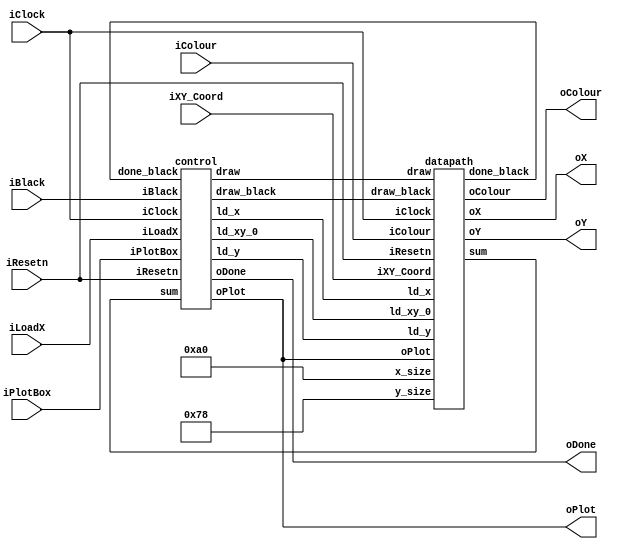
//
// This is the template for Part 2 of Lab 7.
//
// Paul Chow
// November 2021
//
 
module part2(iResetn,iPlotBox,iBlack,iColour,iLoadX,iXY_Coord,iClock,oX,oY,oColour,oPlot,oDone);
   parameter X_SCREEN_PIXELS = 8'd160;		// 8 for testing
   parameter Y_SCREEN_PIXELS = 7'd120;		// 5 for testing
 
   input wire iResetn, iPlotBox, iBlack, iLoadX;
   input wire [2:0] iColour;
   input wire [6:0] iXY_Coord;
   input wire       iClock;
  
   output wire [7:0] oX;         // VGA pixel coordinates
   output wire [6:0] oY;
   output wire [2:0] oColour;     // VGA pixel colour (0-7)
   output wire       oPlot;       // Pixel draw enable
   output wire       oDone;       // goes high when finished drawing frame
 
   wire ld_x, ld_y, ld_xy_0, draw, draw_black, done_black;
   wire [4:0] sum;
  
   control c0 (iClock, iResetn, iPlotBox, iBlack, iLoadX, sum, done_black, ld_x, ld_y, ld_xy_0, oPlot, oDone, draw, draw_black);
   datapath d0 (iClock, iResetn, iColour, iXY_Coord, ld_x, ld_y, ld_xy_0, oPlot, draw, draw_black, oX, oY, oColour, sum, done_black, X_SCREEN_PIXELS, Y_SCREEN_PIXELS);
 
endmodule
 
module control(
   input iClock,
   input iResetn, iPlotBox, iBlack, iLoadX,
   input [4:0] sum,    // To check if we finished drawing
 
   input done_black,
  
   output reg ld_x, ld_y, ld_xy_0,
   output reg oPlot,
   output reg oDone,
  
   output reg draw, draw_black
   );
 
   reg [4:0] current_state, next_state;
 
   localparam  S_LOAD_X        = 5'd0,
               S_LOAD_X_WAIT   = 5'd1,
               S_LOAD_Y        = 5'd2,
               S_LOAD_Y_WAIT   = 5'd3,
               DRAW_1          = 5'd4,
				DRAW_2			 = 5'd5,
               DRAW_BLACK_1    = 5'd6,
				DRAW_BLACK_2	 = 5'd7,
               DONE            = 5'd8,
               DONE_WAIT_LOAD_X = 5'd9,
               DONE_WAIT_LOAD_Y = 5'd10,
               DONE_WAIT_DRAW  = 5'd11,
               DONE_WAIT_BLACK = 5'd12,
					X_WAIT_BLACK    = 5'd13;
              
   // Next state logic aka our state table
   always@(*) begin
           case (current_state)
               S_LOAD_X:     begin
											if (iBlack)
												 next_state = X_WAIT_BLACK;
											else if (iLoadX)
												 next_state = S_LOAD_X_WAIT;
											else
												 next_state = S_LOAD_X;
									  end
					X_WAIT_BLACK: next_state = iBlack ? X_WAIT_BLACK : DRAW_BLACK_1;
					
               S_LOAD_X_WAIT:  next_state = iLoadX ? S_LOAD_X_WAIT : S_LOAD_Y;     // Loop in current state until signal goes low
               S_LOAD_Y:       next_state = iPlotBox ? S_LOAD_Y_WAIT : S_LOAD_Y;   // Loop in current state until value is input
               S_LOAD_Y_WAIT:  next_state = iPlotBox ? S_LOAD_Y_WAIT : DRAW_1;       // Loop in current state until signal goes low
					DRAW_1: 			 next_state = DRAW_2;
               DRAW_2:         next_state = (sum == 5'b10000) ? DONE : DRAW_2;
					DRAW_BLACK_1:   next_state = DRAW_BLACK_2;
               DRAW_BLACK_2:   next_state = done_black ? DONE : DRAW_BLACK_2;
               DONE:   begin
                           if (iBlack)
                               next_state = DONE_WAIT_BLACK;
                           else if (iLoadX)
                               next_state = DONE_WAIT_LOAD_X;
                           else
                               next_state = DONE;
                       end
               DONE_WAIT_LOAD_X: next_state = iLoadX ? DONE_WAIT_LOAD_X : DONE_WAIT_LOAD_Y; // oDone still high while pressing iLoadX
               DONE_WAIT_LOAD_Y: next_state = iPlotBox ? DONE_WAIT_DRAW : DONE_WAIT_LOAD_Y;
               DONE_WAIT_DRAW:   next_state = iPlotBox ? DONE_WAIT_DRAW : DRAW_1;                // oDone still high until released iPlotBox
               DONE_WAIT_BLACK:  next_state = iBlack ? DONE_WAIT_BLACK : DRAW_BLACK_1;           // oDone still high until released iBlack
              
               default: next_state = S_LOAD_X;
       endcase
   end
 
   // Output logic aka all of our datapath control signals
   always @(*)
   begin
       // By default make all our signals 0
       ld_x = 1'b0;
       ld_y = 1'b0;
       oPlot = 1'b0;
       oDone = 1'b0;
       draw = 1'b0;
       draw_black = 1'b0;
       ld_xy_0 = 1'b0;
 
       case (current_state)
           S_LOAD_X: ld_x = 1'b1;
           S_LOAD_Y: ld_y = 1'b1;
           DRAW_1:
					begin
                   draw = 1'b1;
               end
			  DRAW_2:
               begin
                   draw = 1'b1;
                   oPlot = 1'b1;
               end
			  DRAW_BLACK_1:
				   begin
                   draw_black = 1'b1;
               end
           DRAW_BLACK_2:
               begin
                   draw_black = 1'b1;
                   oPlot = 1'b1;
               end
           DONE: oDone = 1'b1;
           DONE_WAIT_LOAD_X:
               begin
                   ld_x = 1'b1;
                   oDone = 1'b1;
               end
           DONE_WAIT_LOAD_Y:
               begin
                   ld_y = 1'b1;
                   oDone = 1'b1;
               end
           DONE_WAIT_DRAW: oDone = 1'b1;
           DONE_WAIT_BLACK: 
				  begin
						ld_xy_0 = 1'b1;
						oDone = 1'b1;
				  end
       endcase
   end
 
   // current_state registers
   always@(posedge iClock)
   begin
       if(!iResetn)
           current_state <= S_LOAD_X;
       else
           current_state <= next_state;
   end
endmodule
 
module datapath(
   input iClock,
   input iResetn,
   input [2:0] iColour,
   input [6:0] iXY_Coord,
   
   input ld_x, ld_y, ld_xy_0,
   input oPlot,
   input draw, draw_black,
   
   output reg [7:0] oX,
   output reg [6:0] oY,
   output reg [2:0] oColour,
   output reg [4:0] sum,
   
   output reg done_black,
   input [7:0] x_size,
	input [6:0] y_size
   );
 
   // input registers
	reg [7:0] x;
   reg [6:0] y;
   reg [2:0] colorreg;
 
   // Registers x, y with respective input logic
   always@(posedge iClock) begin
       if(!iResetn) begin
           x <= 8'b0;
           y <= 7'b0;
           colorreg <= 3'b000;
           sum <= 5'b0;
           oX <= 8'b0;
           oY <= 7'b0;
           oColour <= 3'b0;
			  done_black <= 1'b0;
       end
       else begin
           if(ld_x)
               x <= {1'b0, iXY_Coord};
           else if (ld_y) begin
               y <= iXY_Coord;
               colorreg <= iColour;
           end
 
           else if (ld_xy_0) begin
               x <= 8'b0;
               y <= 7'b0;
					done_black <= 1'b0;										//////////////////////////////////////////
               colorreg <= 3'b000;
           end
              
           else if(draw) begin
               oX <= x;
               oY <= y;
               oColour <= colorreg;
              
               sum <= sum + 1'b1;
					if (sum == 5'b10000) begin
						sum <= 5'b0;
					end
               if (sum == 5'b00011 | sum == 5'b00111 | sum == 5'b01011) begin
                       y <= y + 1'b1;
                       x <= x - 2'b11;
               end
               else begin
                       x <= x + 1'b1;
               end
           end
              
           else if (draw_black) begin
               oX <= x;
               oY <= y;
               oColour <= colorreg;
              
               if (x == (x_size-1) & (y == y_size-1)) begin
                   done_black <= 1'b1;									//////////////////////////////////////////////
               end
               else if (x == (x_size-1)) begin
                   x <= 8'b0;
                   y <= y + 1'b1;
               end
               else begin
                   x <= x + 1'b1;
               end
           end
       end
   end
endmodule